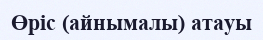
Өріс (айнымалы) атауы